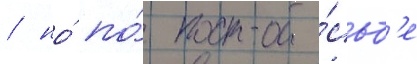
/ но́ по́ про́сьб'е